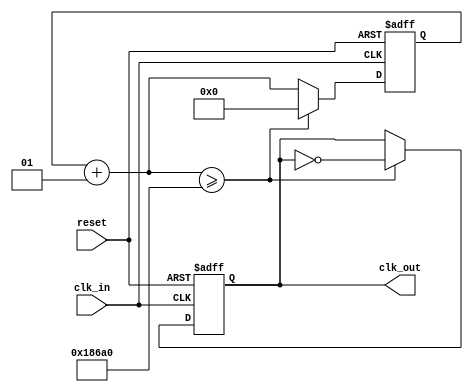
/****************************** C E C S  3 0 1 ******************************
 * 

 * Purpose: Generally, the purpose of the a clock divider is to take 
 an input clock with a specific frequency and produce a desired output 
 clock and frequency. We achieved this by dividing the incoming clock 
 by the decimalvalue in the if-statement. In this case, since the desired 
 outgoing frequency is 500HZ and the incoming frequency is the 100MHz provided
 by the FPGA. This decimal value was achieved by dividing the incoming 
 frequency by the outgoing frequency and dividing by two to make half a period. 
 *         
 * Notes: The resulting value inside the if-statement is 100,000. 
 *
 ****************************************************************************/ 
 
 `timescale 1ns / 1ps
 
module clk_500_Hz( clk_in, reset, clk_out );
 
	input	 	clk_in, reset; 
	output 	clk_out; 
	reg 		clk_out; 
	integer 	i; 
	//***************************************************************
	// The following verilog code will "divide" an incoming clock 
	// by the 32-bit decimal value specified in the "if condition" 
	// 
	// The value of the timer that counts the incoming clock ticks 
	// is equal to [ (Incoming Freq / Outgoing Freq) / 2 ]
	//***************************************************************

		always@ (posedge clk_in or posedge reset) begin
		if (reset == 1'b1) begin 
			i = 0; 
			clk_out = 0; 
		end 
		//got a clock, so increment the counter and
		//test to see if half a period has elapsed
		else begin 
			i = i+1; 
			if (i >= ((100000000/500)/2)) begin 
				clk_out = ~clk_out; 
				i=0; 
			end//if
		end//else
	end //always
	
endmodule